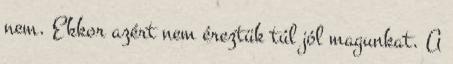
nem. Ekkor azért nem éreztük túl jól magunkat. A